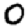
Digit: 0